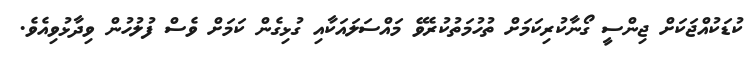
ކުޑަކުއްޖަކަށް ޖިންސީ ގޯނާކުރިކަމަށް ތުހުމަތުކުރެވޭ މައްސަލައަކާއި ގުޅިގެން ކަމަށް ވެސް ފުލުހުން ވިދާޅުވިއެވެ.